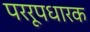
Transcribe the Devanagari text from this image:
पररूपधारक